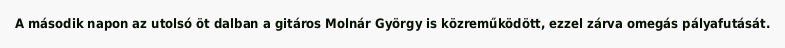
A második napon az utolsó öt dalban a gitáros Molnár György is közreműködött, ezzel zárva omegás pályafutását.